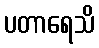
ပတာရေသိ